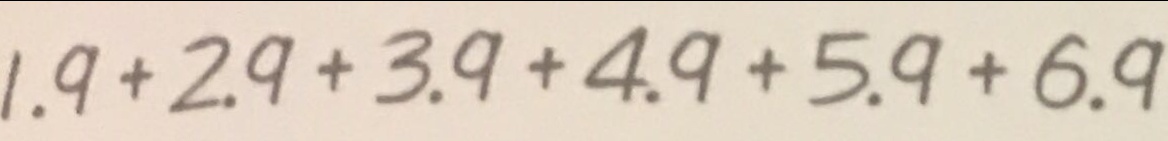
1 . 9 + 2 . 9 + 3 . 9 + 4 . 9 + 5 . 9 + 6 . 9